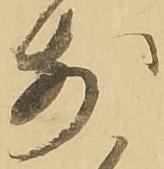
前